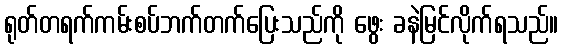
ရုတ်တရက်ကမ်းစပ်ဘက်တက်ပြေးသည်ကို ဖွေး ခနဲမြင်လိုက်ရသည်။